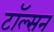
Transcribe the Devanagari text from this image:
टॉल्सन